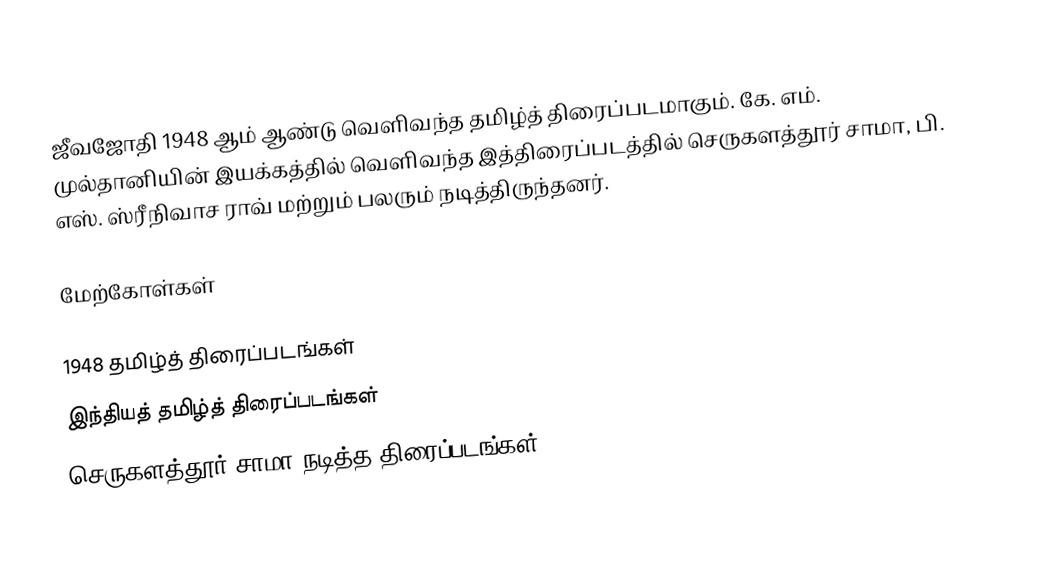
ஜீவஜோதி 1948 ஆம் ஆண்டு வெளிவந்த தமிழ்த் திரைப்படமாகும். கே. எம். முல்தானியின் இயக்கத்தில் வெளிவந்த இத்திரைப்படத்தில் செருகளத்தூர் சாமா, பி. எஸ். ஸ்ரீநிவாச ராவ் மற்றும் பலரும் நடித்திருந்தனர்.

மேற்கோள்கள்

1948 தமிழ்த் திரைப்படங்கள்
இந்தியத் தமிழ்த் திரைப்படங்கள்
செருகளத்தூர் சாமா நடித்த திரைப்படங்கள்